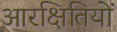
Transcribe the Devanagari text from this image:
आरक्षितियों